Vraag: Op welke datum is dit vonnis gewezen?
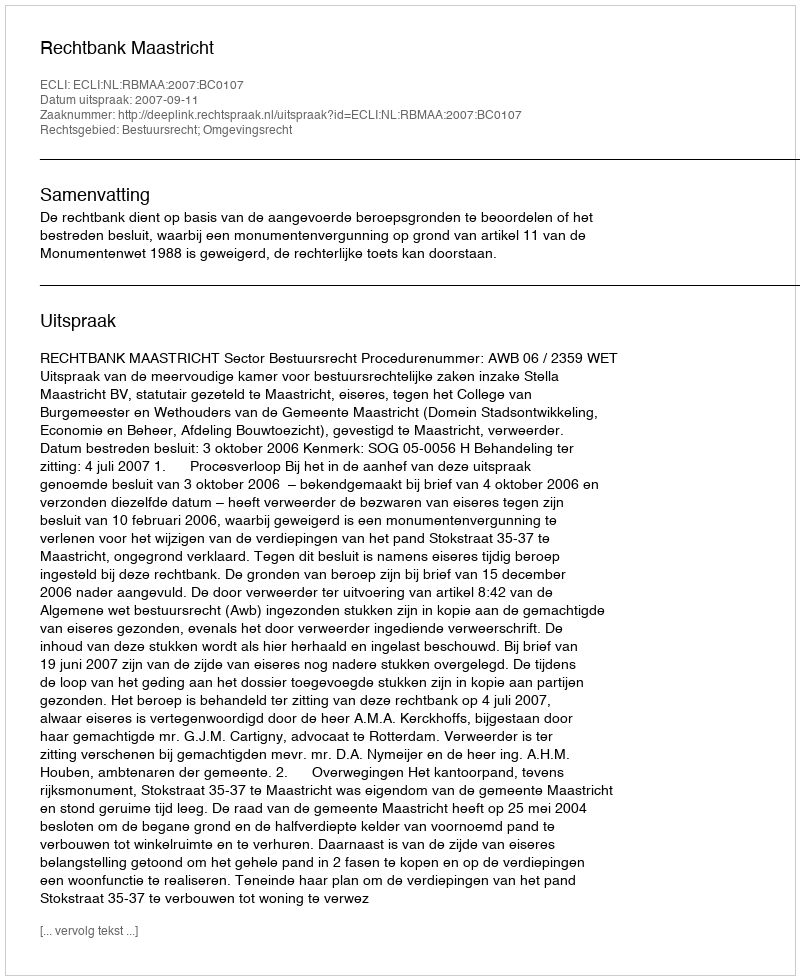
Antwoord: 2007-09-11